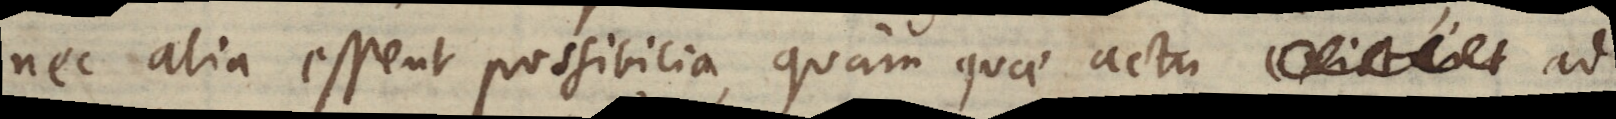
nec alia essent possibilia, quam quae actu existunt ad